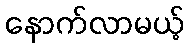
နောက်လာမယ့်